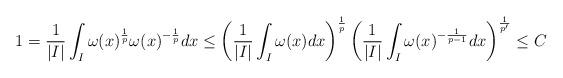
LaTeX: \begin{align*}1=\frac{1}{|I|}\int_I \omega(x)^{\frac1p}\omega(x)^{-\frac1p} dx\leq \left(\frac{1}{|I|}\int_I \omega(x) dx\right)^{\frac1p}\left(\frac{1}{|I|}\int_I \omega(x)^{-\frac{1}{p-1}}dx\right)^{\frac{1}{p'}}\leq C\end{align*}